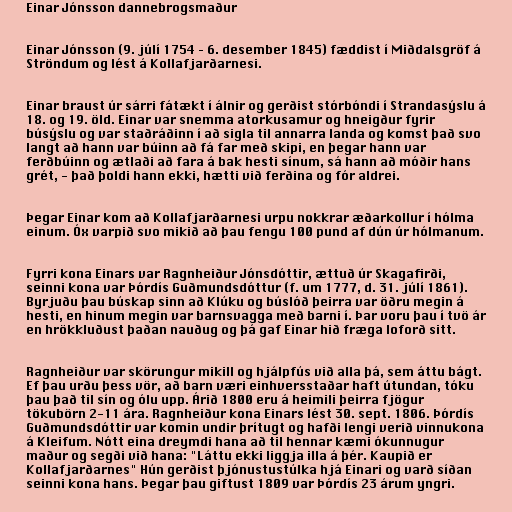
Einar Jónsson dannebrogsmaður

Einar Jónsson (9. júlí 1754 – 6. desember 1845) fæddist í Miðdalsgröf á
Ströndum og lést á Kollafjarðarnesi.

Einar braust úr sárri fátækt í álnir og gerðist stórbóndi í Strandasýslu á
18. og 19. öld. Einar var snemma atorkusamur og hneigður fyrir
búsýslu og var staðráðinn í að sigla til annarra landa og komst það svo
langt að hann var búinn að fá far með skipi, en þegar hann var
ferðbúinn og ætlaði að fara á bak hesti sínum, sá hann að móðir hans
grét, - það þoldi hann ekki, hætti við ferðina og fór aldrei.

Þegar Einar kom að Kollafjarðarnesi urpu nokkrar æðarkollur í hólma
einum. Óx varpið svo mikið að þau fengu 100 pund af dún úr hólmanum.

Fyrri kona Einars var Ragnheiður Jónsdóttir, ættuð úr Skagafirði,
seinni kona var Þórdís Guðmundsdóttur (f. um 1777, d. 31. júlí 1861).
Byrjuðu þau búskap sinn að Klúku og búslóð þeirra var öðru megin á
hesti, en hinum megin var barnsvagga með barni í. Þar voru þau í tvö ár
en hrökkluðust þaðan nauðug og þá gaf Einar hið fræga loforð sitt.

Ragnheiður var skörungur mikill og hjálpfús við alla þá, sem áttu bágt.
Ef þau urðu þess vör, að barn væri einhversstaðar haft útundan, tóku
þau það til sín og ólu upp. Árið 1800 eru á heimili þeirra fjögur
tökubörn 2-11 ára. Ragnheiður kona Einars lést 30. sept. 1806. Þórdís
Guðmundsdóttir var komin undir þrítugt og hafði lengi verið vinnukona
á Kleifum. Nótt eina dreymdi hana að til hennar kæmi ókunnugur
maður og segði við hana: "Láttu ekki liggja illa á þér. Kaupið er
Kollafjarðarnes" Hún gerðist þjónustustúlka hjá Einari og varð síðan
seinni kona hans. Þegar þau giftust 1809 var Þórdís 23 árum yngri.